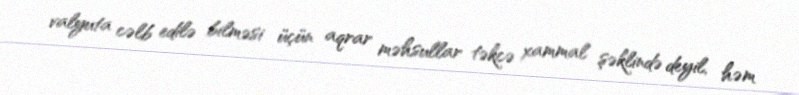
valyuta cəlb edilə bilməsi üçün aqrar məhsullar təkcə xammal şəklində deyil, həm